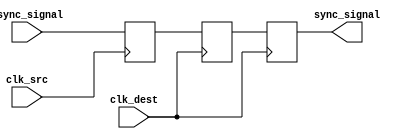
module triple_ff_synchronizer (
    input wire async_signal,   // Input signal from the source clock domain
    input wire clk_src,        // Clock signal of the source domain
    input wire clk_dest,       // Clock signal of the destination domain
    output reg sync_signal      // Synchronized output signal in the destination domain
);

    // Internal signals for flip-flops
    reg ff1_out;               // Output of the first flip-flop
    reg ff2_out;               // Output of the second flip-flop

    // First flip-flop: captures async_signal on clk_src
    always @(posedge clk_src) begin
        ff1_out <= async_signal; // Capture async_signal
    end

    // Second flip-flop: captures ff1_out on clk_dest
    always @(posedge clk_dest) begin
        ff2_out <= ff1_out;       // Transfer signal from FF1 to FF2
    end

    // Third flip-flop: captures ff2_out on clk_dest
    always @(posedge clk_dest) begin
        sync_signal <= ff2_out;    // Final synchronized output
    end

endmodule